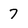
Character: 7